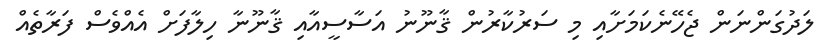
ލަދުގަންނަން ޖެހޭނެކަމަށާއި މި ސަރުކާރުން ޤާނޫނު އަސާސީއާއި ޤާނޫނާ ހިލާފަށް އެއްވެސް ފަރާތެއް